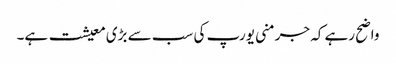
واضح رہے کہ جرمنی یورپ کی سب سے بڑی معیشت ہے۔